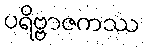
ပရိဗ္ဗာဇကဿ